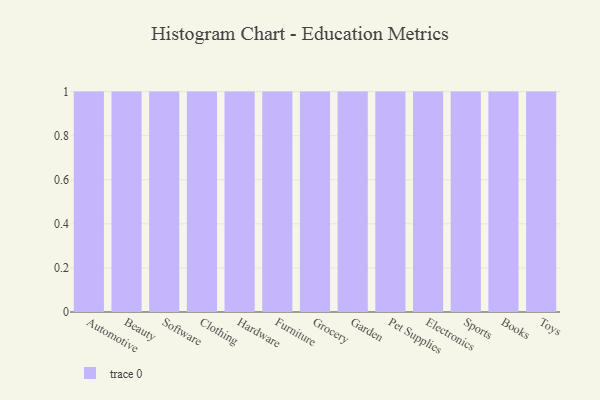
{"axis": {"x": "Category", "y": "Temperature (°C)"}, "legend": [""], "data": [{"x": "Automotive", "y": 14, "type": ""}, {"x": "Beauty", "y": 8, "type": ""}, {"x": "Software", "y": 95, "type": ""}, {"x": "Clothing", "y": 71, "type": ""}, {"x": "Hardware", "y": 69, "type": ""}, {"x": "Furniture", "y": 38, "type": ""}, {"x": "Grocery", "y": 28, "type": ""}, {"x": "Garden", "y": 16, "type": ""}, {"x": "Pet Supplies", "y": 52, "type": ""}, {"x": "Electronics", "y": 21, "type": ""}, {"x": "Sports", "y": 77, "type": ""}, {"x": "Books", "y": 63, "type": ""}, {"x": "Toys", "y": 85, "type": ""}]}